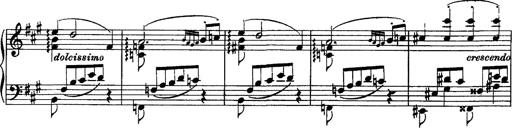
Title: Piano Sonata
Composer: Karl HÃ¤ssler
Key: C major